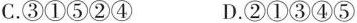
C. ③①⑤②④ D. ②①③④⑤